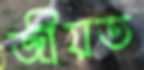
জীয়ত